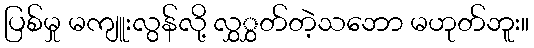
ပြစ်မှု မကျူးလွန်လို့ လွှွှတ်တဲ့သဘော မဟုတ်ဘူး။